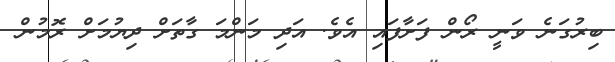
ބިރުގަނެ ވަނީ ރޯން ފަށާފައި އެވެ. އަދި މަންމަ ގާތަށް ދިޔުމަށް ރޮމުން